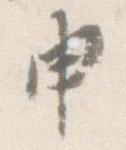
申